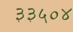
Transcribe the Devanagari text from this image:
३३५०४